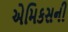
એમિકસની